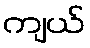
ကျယ်